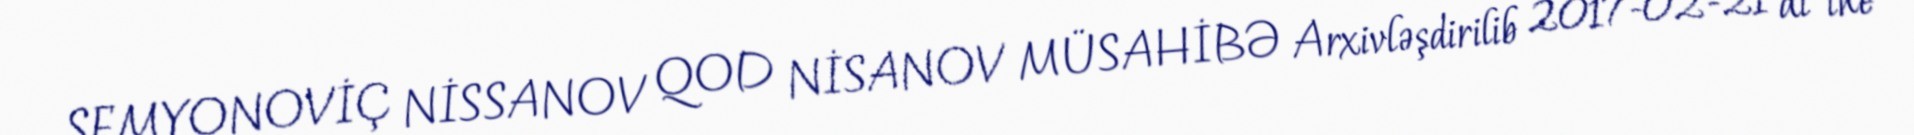
SEMYONOVİÇ NİSSANOV QOD NİSANOV MÜSAHİBƏ Arxivləşdirilib 2017-02-21 at the